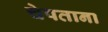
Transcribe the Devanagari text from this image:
चेपताना